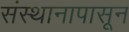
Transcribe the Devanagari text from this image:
संस्थानापासून